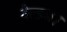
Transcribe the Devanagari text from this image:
वेल्डन।